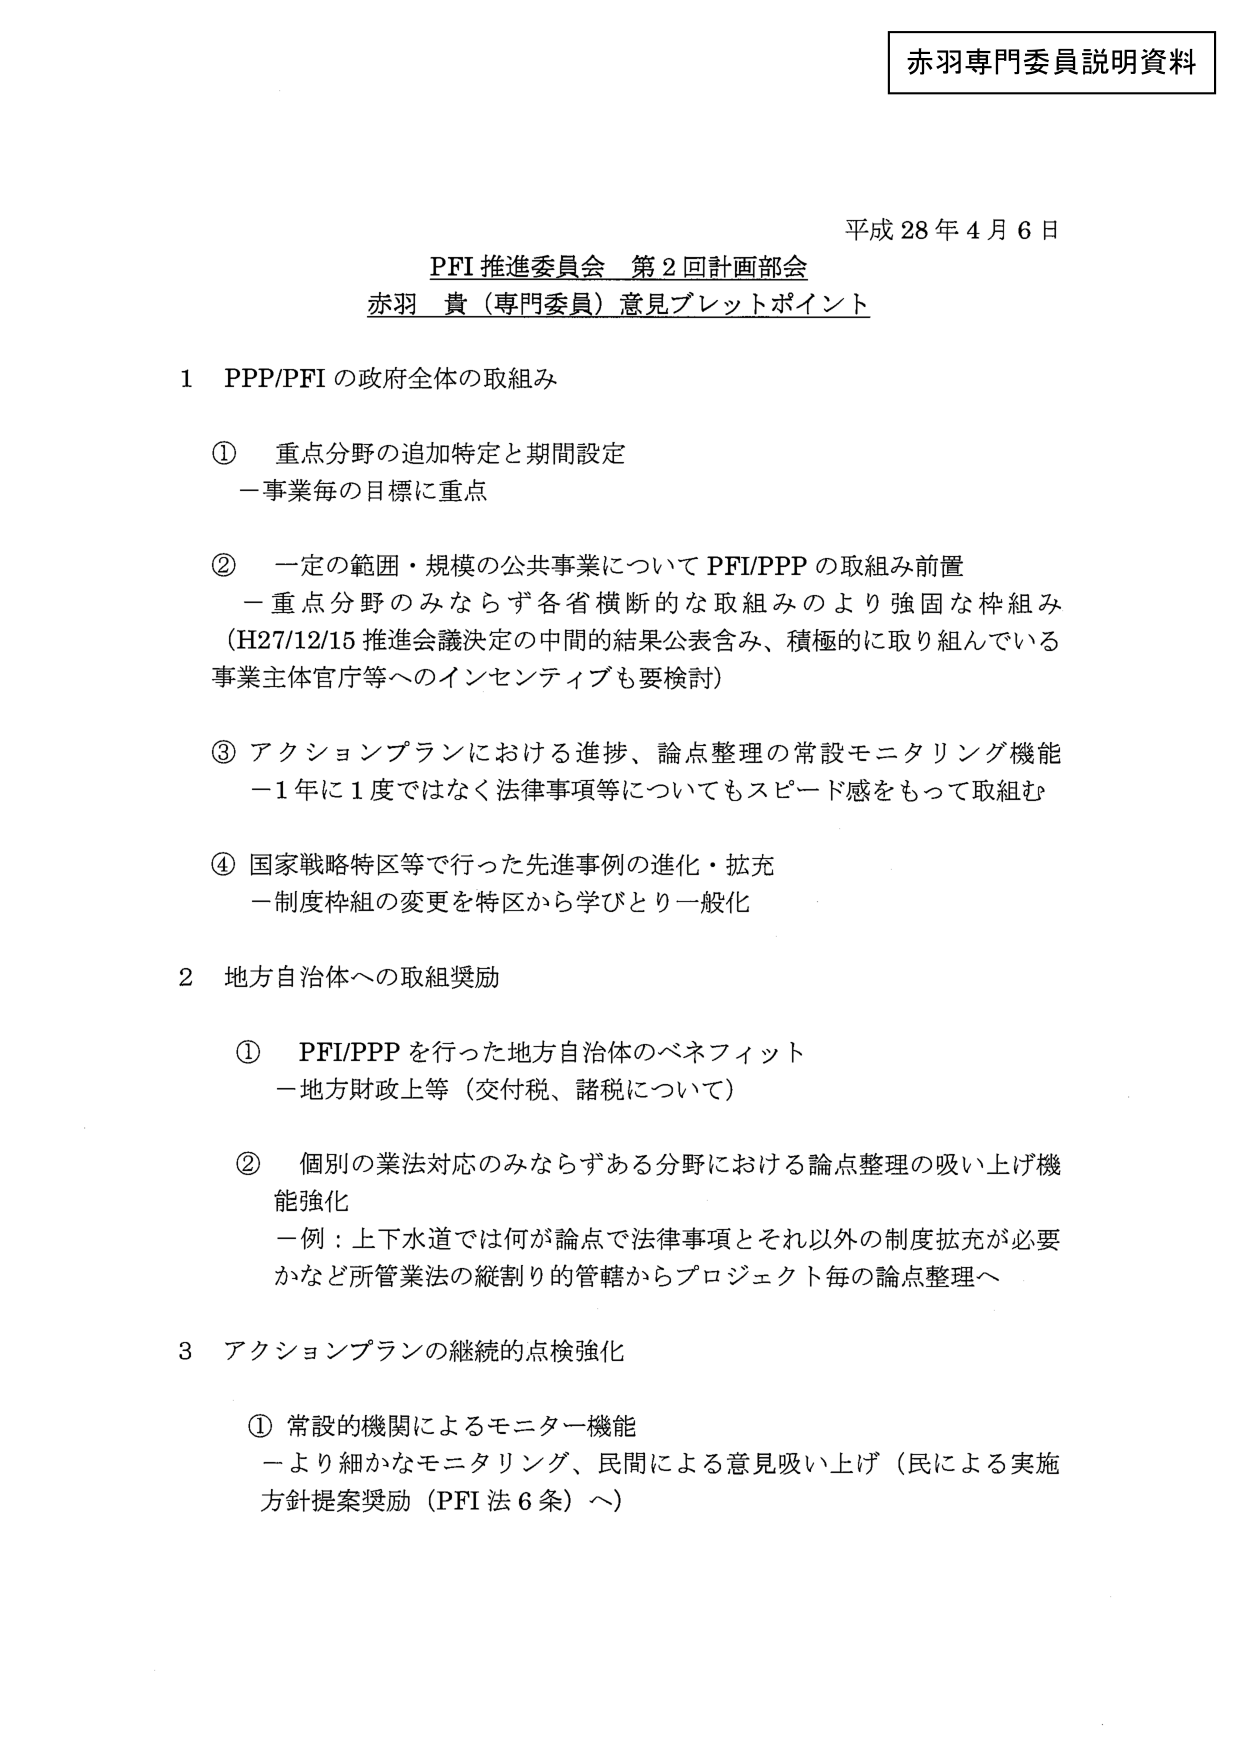
赤羽専門委員説明資料

平成28年4月6日

PFI推進委員会 第2回計画部会
赤羽 貴（専門委員）意見ブレットポイント

1 PPP/PFIの政府全体の取組み

① 重点分野の追加特定と期間設定
－事業毎の目標に重点

② 一定の範囲・規模の公共事業についてPFI/PPPの取組み前置
－重点分野のみならず各省横断的な取組みのより強固な枠組み
（H27/12/15推進会議決定の中間的結果公表含み、積極的に取り組んでいる
事業主体官庁等へのインセンティブも要検討）

③ アクションプランにおける進捗、論点整理の常設モニタリング機能
－1年に1度ではなく法律事項等についてもスピード感をもって取組む

④ 国家戦略特区等で行った先進事例の進化・拡充
－制度枠組の変更を特区から学びとり一般化

2 地方自治体への取組奨励

① PFI/PPPを行った地方自治体のベネフィット
－地方財政上等（交付税、諸税について）

② 個別の業法対応のみならずある分野における論点整理の吸い上げ機能強化
－例：上下水道では何が論点で法律事項とそれ以外の制度拡充が必要
かなど所管業法の縦割り的管轄からプロジェクト毎の論点整理へ

3 アクションプランの継続的点検強化

① 常設的機関によるモニター機能
－より細かなモニタリング、民間による意見吸い上げ（民による実施
方針提案奨励（PFI法6条）へ）